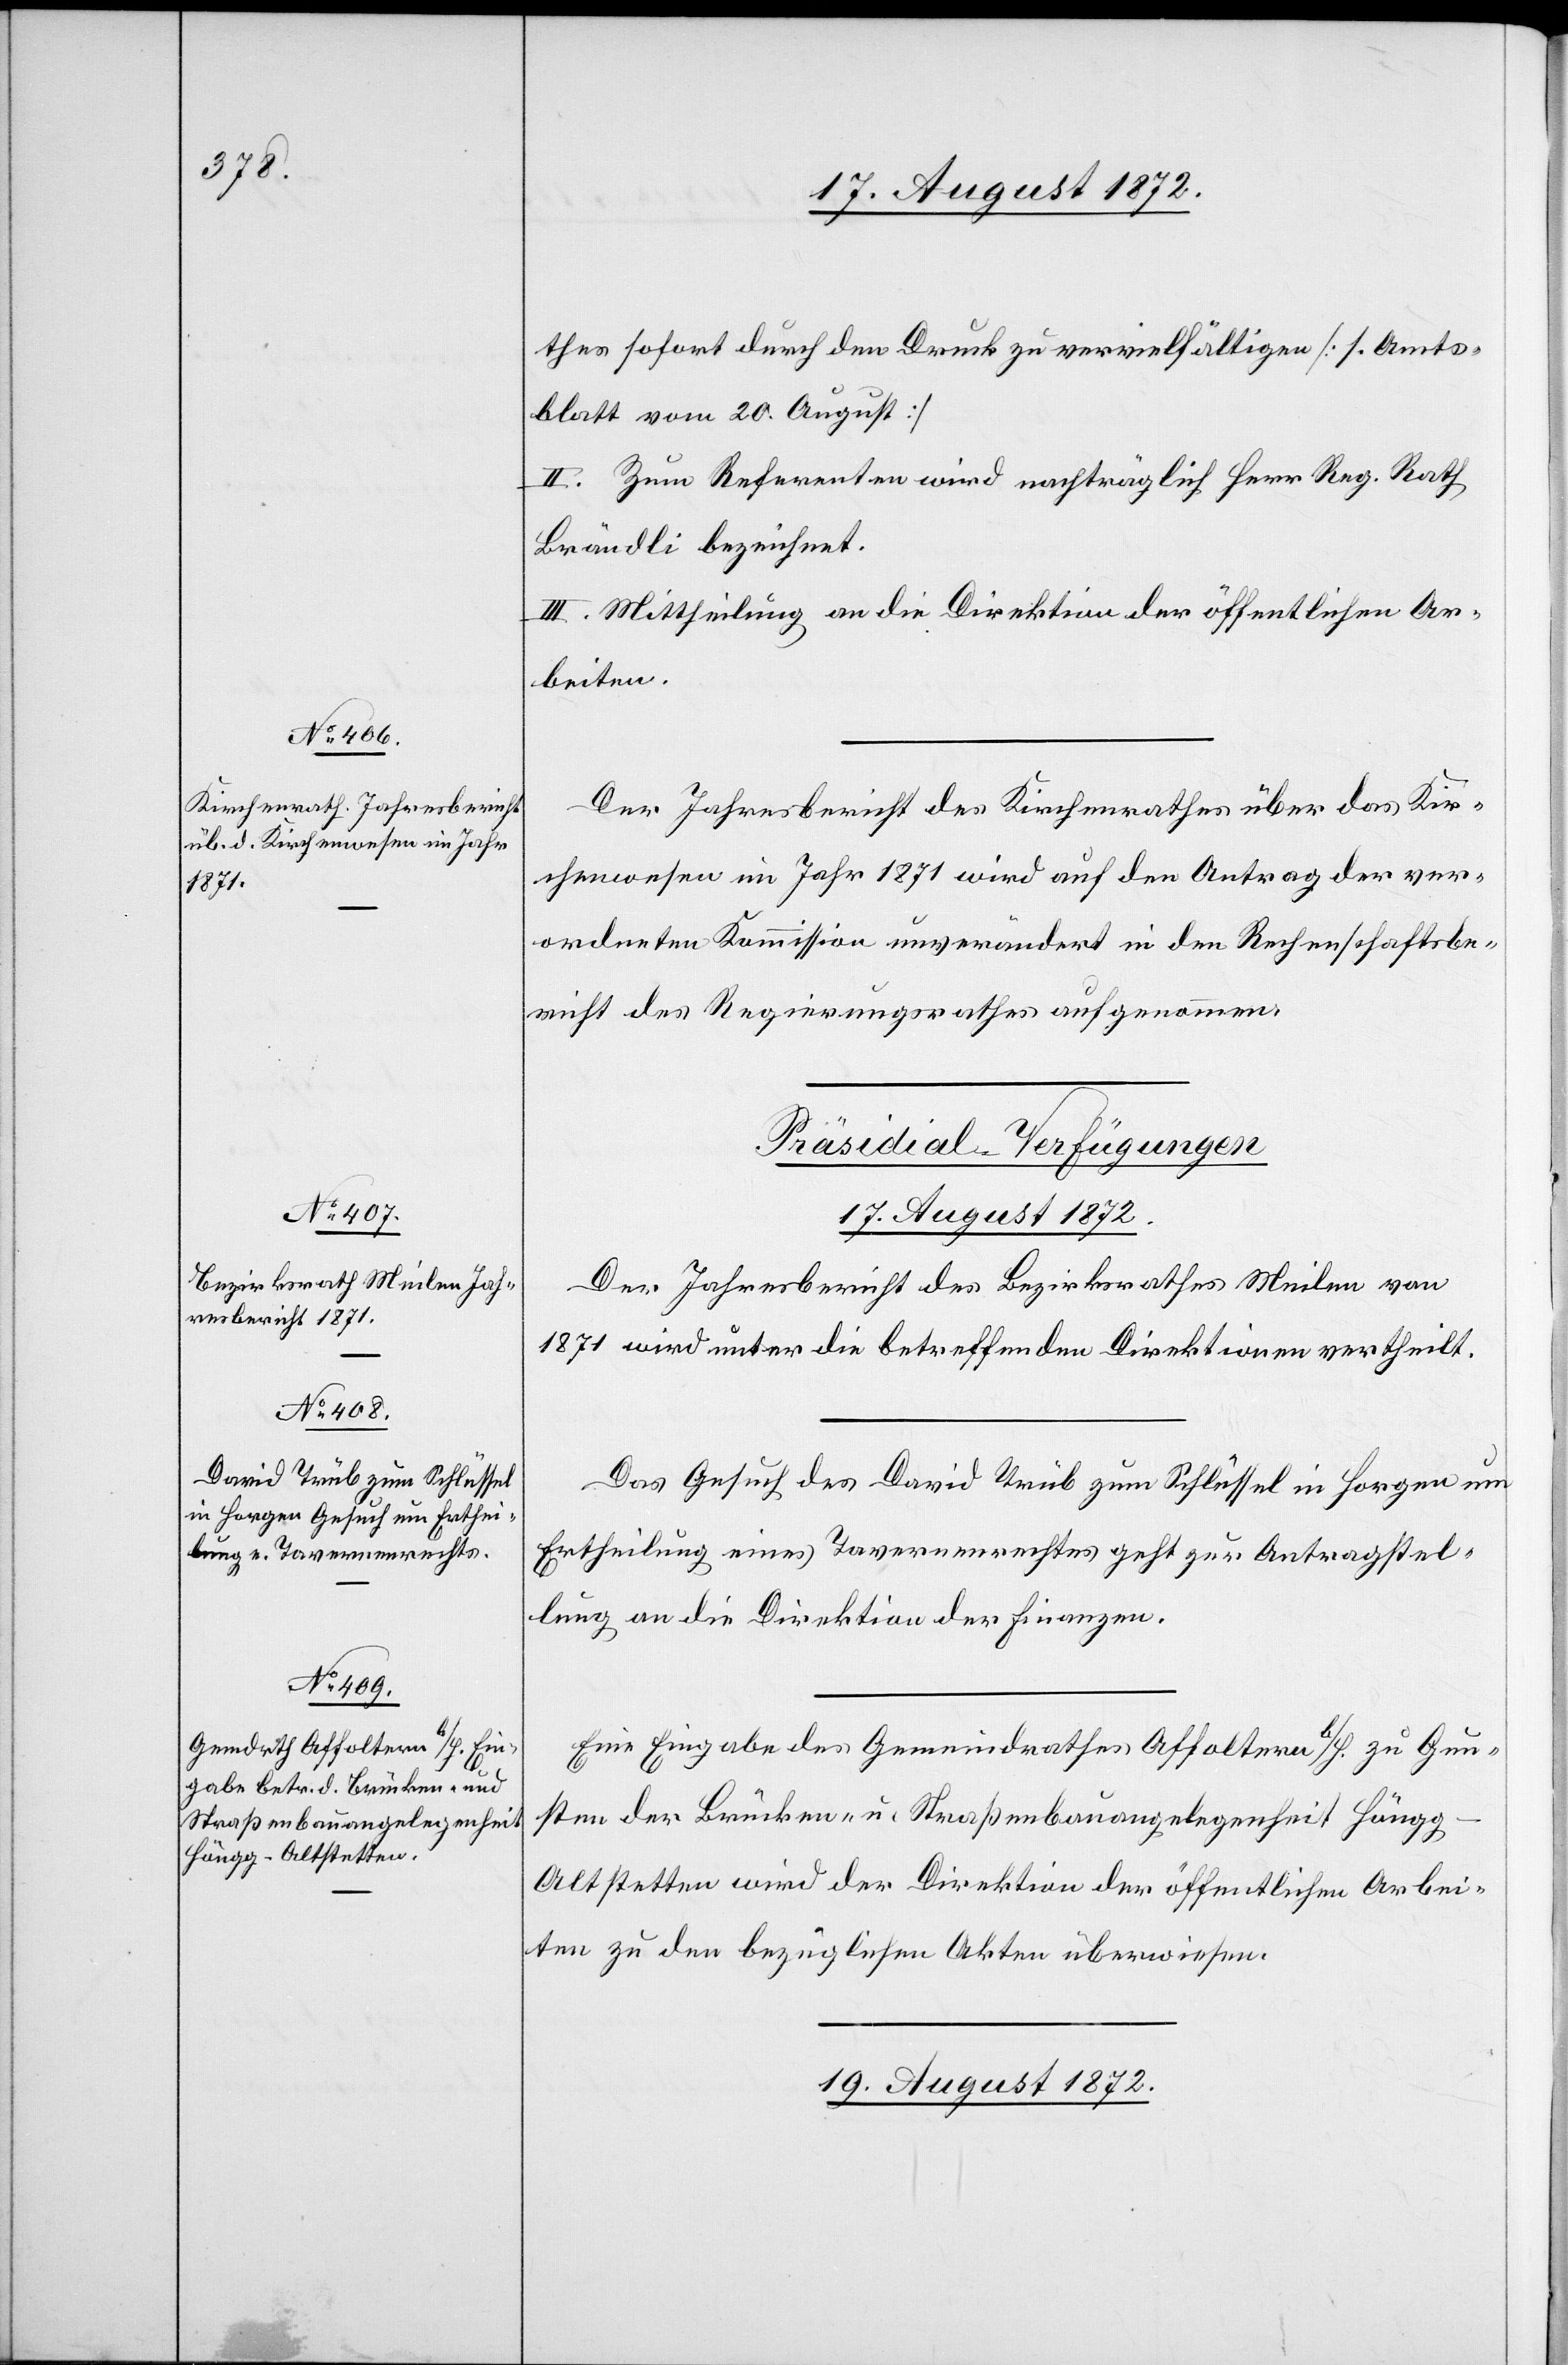
17. August 1872.]
thes sofort durch den Druck zu vervielfältigen [s. Amts¬
blatt vom 20. August]
II. Zum Referenten wird nachträglich Herr Reg. Rath
Brändli bezeichnet.
III. Mittheilung an die Direktion der öffentlichen Ar¬
beiten.
Der Jahresbericht des Kirchenrathes über das Kir¬
chenwesen im Jahr 1871 wird auf den Antrag der ver¬
ordneten Kommission unverändert in den Rechenschaftsbe¬
richt des Regierungsrathes aufgenommen.
[Präsidial-Verfügungen
Der Jahresbericht des Bezirksrathes Meilen von
1871 wird unter die betreffenden Direktionen vertheilt.
Das Gesuch des David Trüb zum Schlüssel in Horgen um
Ertheilung eines Tavernenrechtes geht zur Antragstel¬
lung an die Direktion der Finanzen.
Eine Eingabe des Gemeindrathes Affoltern b/H. zu Gun¬
sten der Brücken- u. Straßenbauangelegenheit Höng¬
g–Altstetten wird der Direktion der öffentlichen Arbei¬
ten zu den bezüglichen Akten überwiesen.